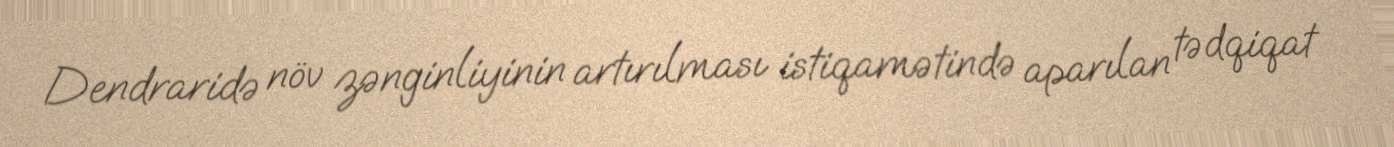
Dendraridə növ zənginliyinin artırılması istiqamətində aparılan tədqiqat